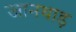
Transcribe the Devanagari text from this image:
जानथाड़